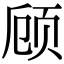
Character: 顾